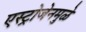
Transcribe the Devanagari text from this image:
एस्ट्रोजेनमुळे